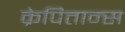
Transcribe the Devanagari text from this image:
क्रेपितान्स